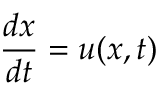
\frac { d x } { d t } = u ( x , t )